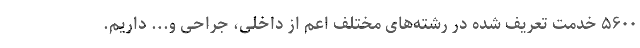
۵۶۰۰ خدمت تعریف شده در رشته‌های مختلف اعم از داخلی، جراحی و... داریم.